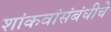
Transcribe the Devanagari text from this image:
शांकवांसंबंधीचे